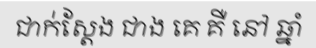
ជាក់ស្តែង ជាង គេ គឺ នៅ ឆ្នាំ